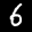
Label: 6